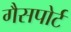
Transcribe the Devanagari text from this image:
गैसपोर्ट